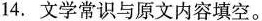
14.文学常识与原文内容填空。